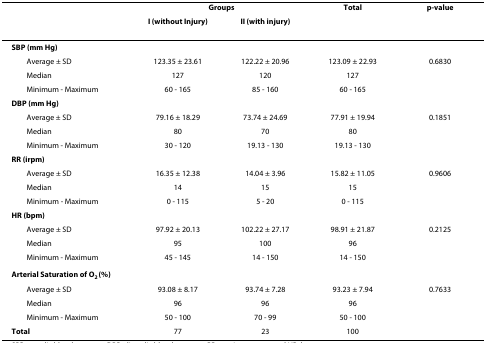
<table><thead><tr><td></td><td colspan="2"><b>Groups</b></td><td><b>Total</b></td><td><b>p-value</b></td></tr><tr><td></td><td><b>I (without Injury)</b></td><td><b>II (with injury)</b></td><td></td><td></td></tr></thead><tbody><tr><td><b>SBP (mm Hg)</b></td><td></td><td></td><td></td><td></td></tr><tr><td> Average ± SD</td><td>123.35 ± 23.61</td><td>122.22 ± 20.96</td><td>123.09 ± 22.93</td><td>0.6830</td></tr><tr><td> Median</td><td>127</td><td>120</td><td>127</td><td></td></tr><tr><td> Minimum - Maximum</td><td>60 - 165</td><td>85 - 160</td><td>60 - 165</td><td></td></tr><tr><td><b>DBP (mm Hg)</b></td><td></td><td></td><td></td><td></td></tr><tr><td> Average ± SD</td><td>79.16 ± 18.29</td><td>73.74 ± 24.69</td><td>77.91 ± 19.94</td><td>0.1851</td></tr><tr><td> Median</td><td>80</td><td>70</td><td>80</td><td></td></tr><tr><td> Minimum - Maximum</td><td>30 - 120</td><td>19.13 - 130</td><td>19.13 - 130</td><td></td></tr><tr><td><b>RR (irpm)</b></td><td></td><td></td><td></td><td></td></tr><tr><td> Average ± SD</td><td>16.35 ± 12.38</td><td>14.04 ± 3.96</td><td>15.82 ± 11.05</td><td>0.9606</td></tr><tr><td> Median</td><td>14</td><td>15</td><td>15</td><td></td></tr><tr><td> Minimum - Maximum</td><td>0 - 115</td><td>5 - 20</td><td>0 - 115</td><td></td></tr><tr><td><b>HR (bpm)</b></td><td></td><td></td><td></td><td></td></tr><tr><td> Average ± SD</td><td>97.92 ± 20.13</td><td>102.22 ± 27.17</td><td>98.91 ± 21.87</td><td>0.2125</td></tr><tr><td> Median</td><td>95</td><td>100</td><td>96</td><td></td></tr><tr><td> Minimum - Maximum</td><td>45 - 145</td><td>14 - 150</td><td>14 - 150</td><td></td></tr><tr><td><b>Arterial Saturation of O<sub>2 </sub>(%)</b></td><td></td><td></td><td></td><td></td></tr><tr><td> Average ± SD</td><td>93.08 ± 8.17</td><td>93.74 ± 7.28</td><td>93.23 ± 7.94</td><td>0.7633</td></tr><tr><td> Median</td><td>96</td><td>96</td><td>96</td><td></td></tr><tr><td> Minimum - Maximum</td><td>50 - 100</td><td>70 - 99</td><td>50 - 100</td><td></td></tr><tr><td><b>Total</b></td><td>77</td><td>23</td><td>100</td><td></td></tr></tbody></table>